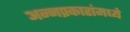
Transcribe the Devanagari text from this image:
अन्नप्रकारांमध्ये